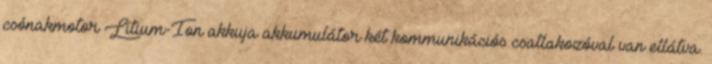
csónakmotor Lítium-Ion akkuja akkumulátor két kommunikációs csatlakozóval van ellátva.